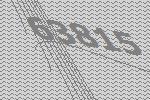
63815